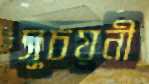
সুচয়নী